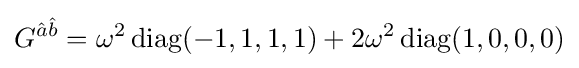
G^{{\hat {a}}{\hat {b}}}=\omega ^{2}\operatorname {diag} (-1,1,1,1)+2\omega ^{2}\operatorname {diag} (1,0,0,0)